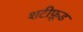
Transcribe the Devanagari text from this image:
शटीफ़ूड